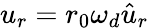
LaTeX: u_{r}=r_{0}\omega_{d}\hat{u}_{r}